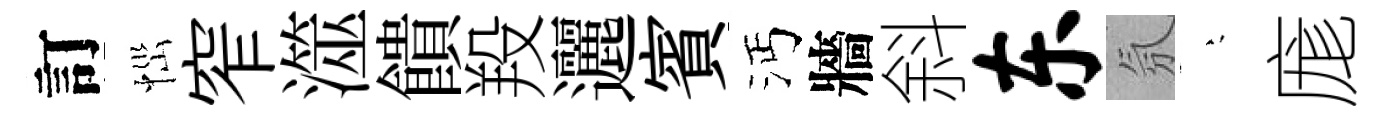
訂𢙉窄澨饋羖邐賓沔牆斜东氛堂庬